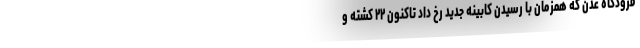
فرودگاه عدن که همزمان با رسیدن کابینه جدید رخ داد تاکنون ۲۲ کشته و